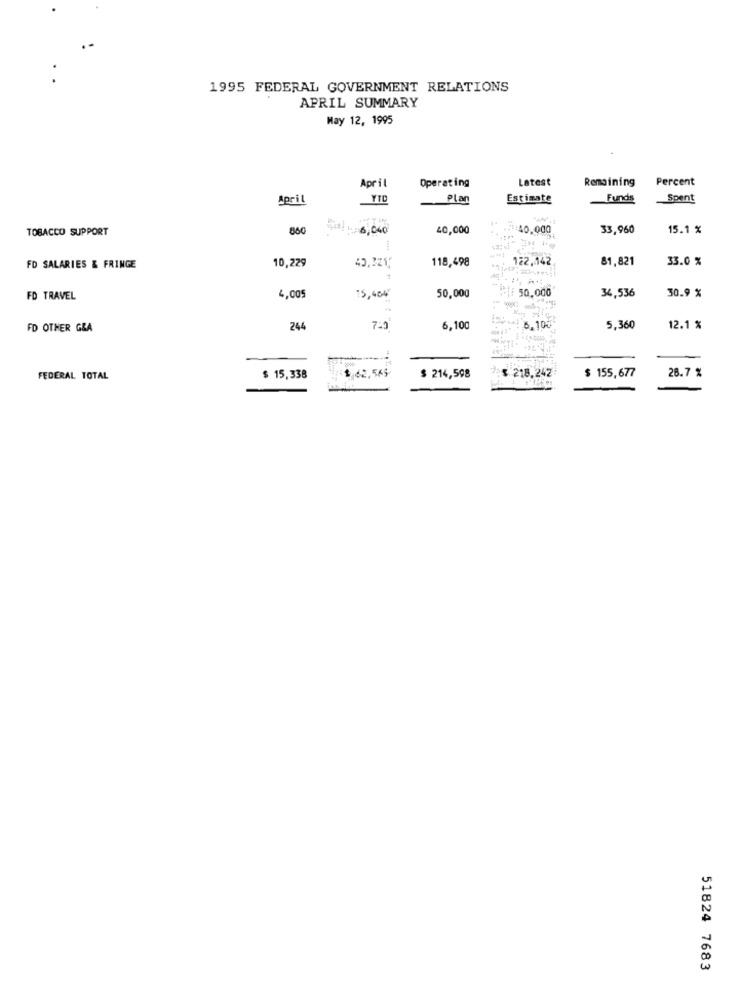
1995 FEDERAL GOVERNMENT RELATIONS
APRIL SUMMARY
May 12, 1995
April
Operating
Latest
Remaining
Percent
April
Plan
Estimate
Funds
Spent
-
TOBACCO SUPPORT
860
6,040
40,000
.: 40,000
33,960
15.1 %
10,229
118,498
122,142
81,821
33.0 %
FD SALARIES & FRINGE
45,221;
. ..
50,000
50.000
34,536
30.9 %
FD TRAVEL
4,005
15,404
FD OTHER GLA
244
7.3
6,100
6.100
5,360
12.1 %
$ 218.242
FEDERAL TOTAL
$ 15,338
$ 62,56%
$ 214,598
$ 155,677
28.7 %
51824 7683